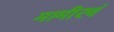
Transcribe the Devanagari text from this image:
मामीरचं